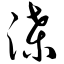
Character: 渫